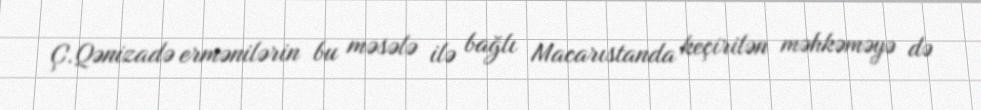
Ç.Qənizadə ermənilərin bu məsələ ilə bağlı Macarıstanda keçirilən məhkəməyə də